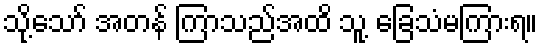
သို့သော် အတန် ကြာသည်အထိ သူ့ ခြေသံမကြားရ။